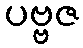
ပဗ္ဗဇ